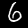
Label: 6